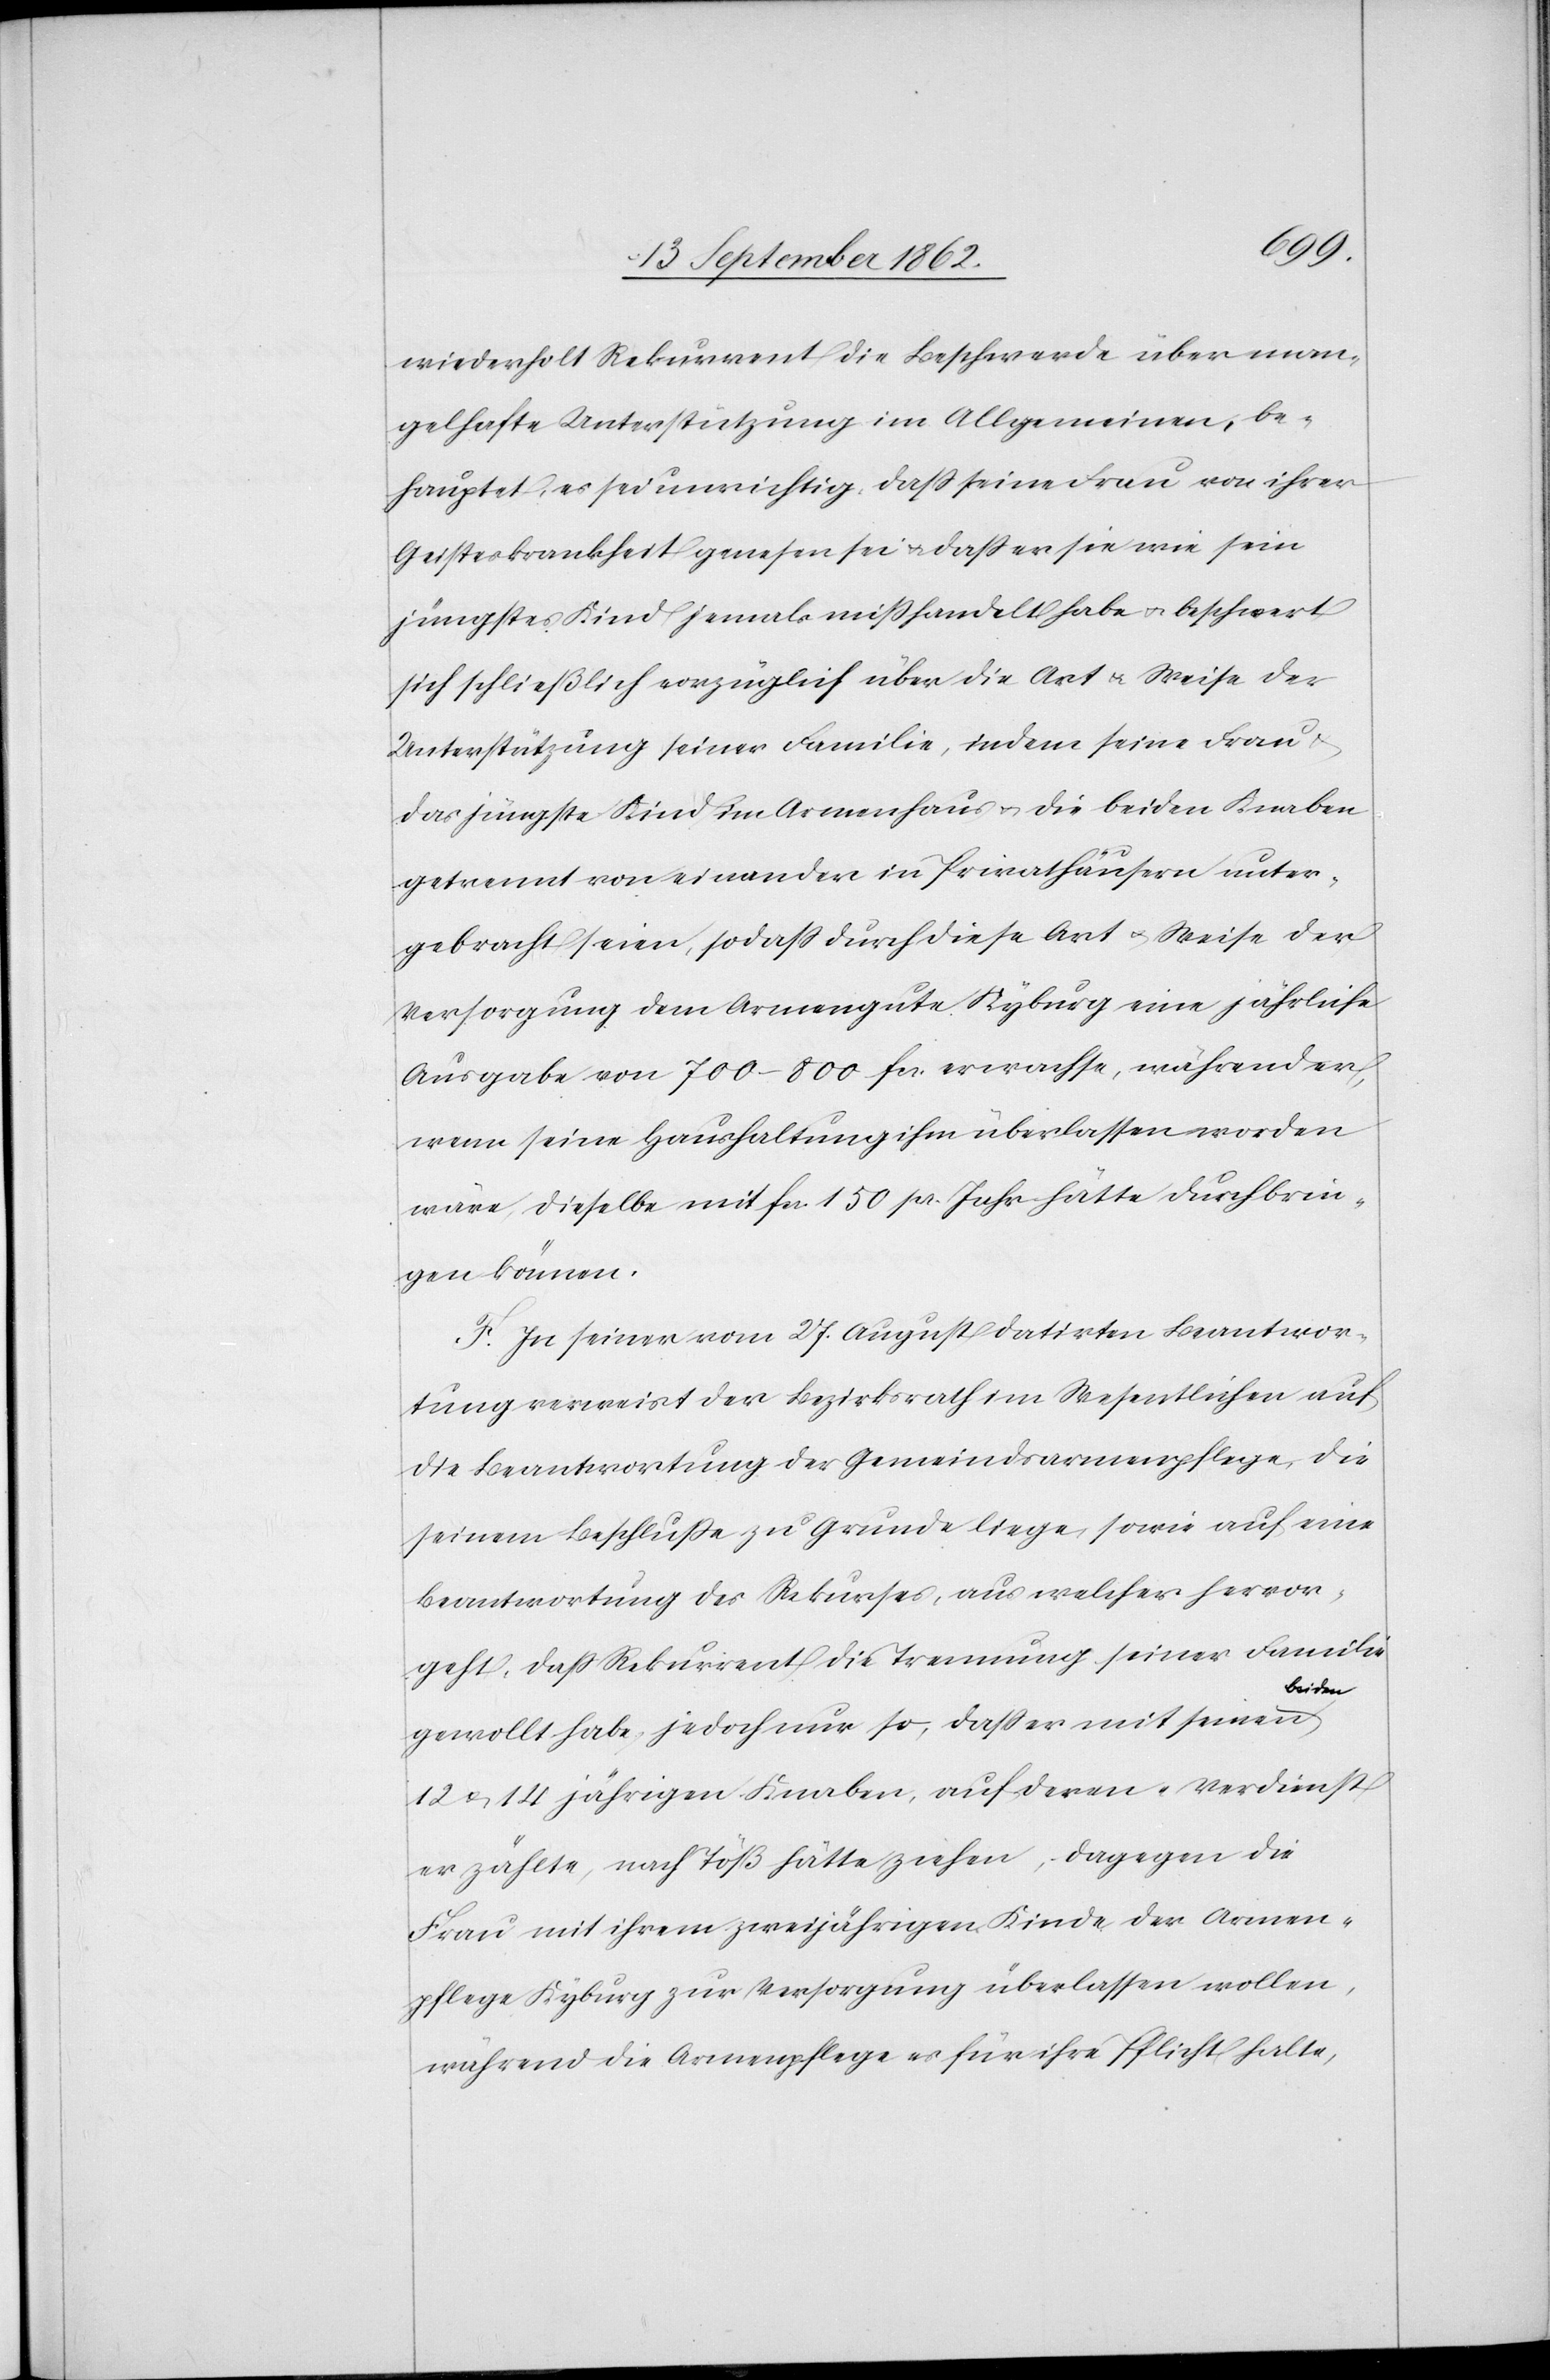
wiederholt Rekurrent die Beschwerde über man¬
gelhafte Unterstützung im Allgemeinen, be¬
hauptet, es sei unrichtig, daß seine Frau von ihrer
Geisteskrankheit genesen sei u. daß er sie wie sein
jüngstes Kind jemals mißhandlet habe u. beschwert
sich schließlich vorzüglich über die Art u. Weise der
Unterstützung seiner Familie, indem seine Frau
das jüngste Kind im Armenhaus u. die beiden Knaben
getrennt von einander in Privathäusern unter¬
gebracht seien, so daß durch diese Art u. Weise der
Versorgung dem Armengute Kyburg eine jährliche
Ausgabe von 700–800 fcs. erwachse, während er,
wenn seine Haushaltung ihm überlassen worden
wäre, dieselbe mit fcs. 150 pr. Jahr hätte durchbrin¬
gen können.
F. In seiner vom 27. August datirten Beantwor¬
tung verweist der Bezirksrath im Wesentlichen auf
die Beantwortung der Gemeindsarmenpflege, die
seinem Beschluße zu Grunde liege, sowie auf eine
Beantwortung des Rekurses, aus welcher hervor¬
geht, daß Rekurrent die Trennung seiner Familie
beiden
gewollt habe, jedoch nur so, daß er mit seinen
12 u. 14 jährigen Knaben, auf deren Verdienst
er zählte, nach Töß hätte ziehen, dagegen die
Frau mit ihrem zweijährigen Kinde der Armen¬
pflege Kyburg zur Versorgung überlassen wollen,
während die Armenpflege es für ihre Pflicht halte,